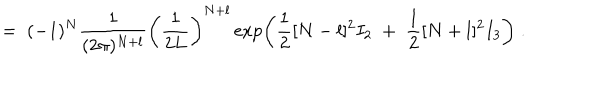
LaTeX: = \; ( - 1 ) ^ { N } \frac { 1 } { ( 2 \pi ) ^ { N + l } } \left( \frac { 1 } { 2 L } \right) ^ { N + l } \exp \left( \frac { 1 } { 2 } [ N - l ] ^ { 2 } I _ { 2 } \; + \; \frac { 1 } { 2 } [ N + l ] ^ { 2 } I _ { 3 } \right) \; .